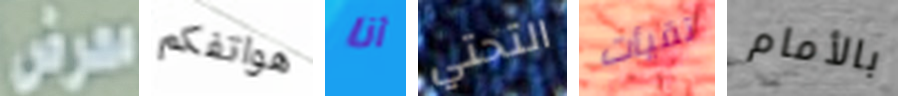
معرض هواتفكم أنا التحتي تقيأت بالأمام